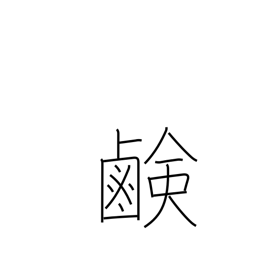
Meaning: saltiness